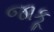
જાકૂ